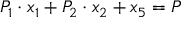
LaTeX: P _ { 1 } \cdot x _ { 1 } + P _ { 2 } \cdot x _ { 2 } + x _ { 5 } = P